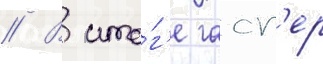
// В ито́г'е гасп'ер